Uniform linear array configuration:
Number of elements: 16
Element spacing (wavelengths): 0.75
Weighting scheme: uniform
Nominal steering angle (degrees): -15
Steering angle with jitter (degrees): -16.526
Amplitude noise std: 0.05
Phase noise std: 0.05

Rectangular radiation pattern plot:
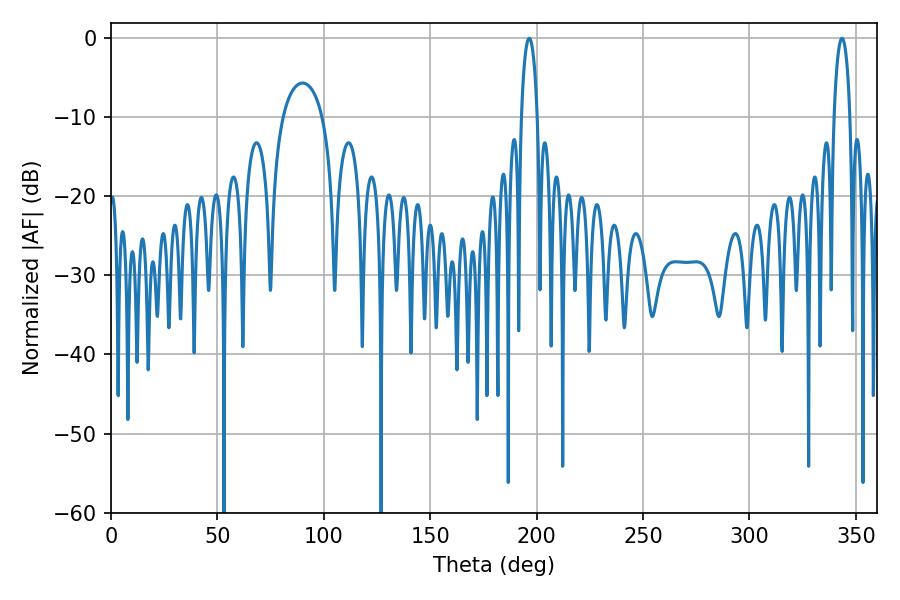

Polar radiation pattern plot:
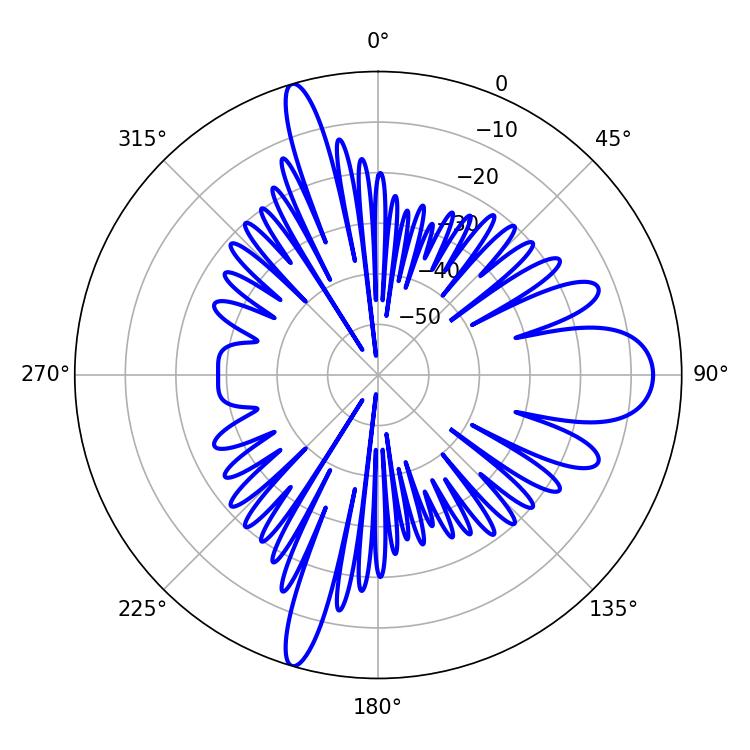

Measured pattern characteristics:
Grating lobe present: TRUE
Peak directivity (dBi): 17.407
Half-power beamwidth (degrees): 4.32
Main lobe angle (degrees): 196.56